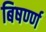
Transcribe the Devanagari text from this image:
बिषर्ण्ण